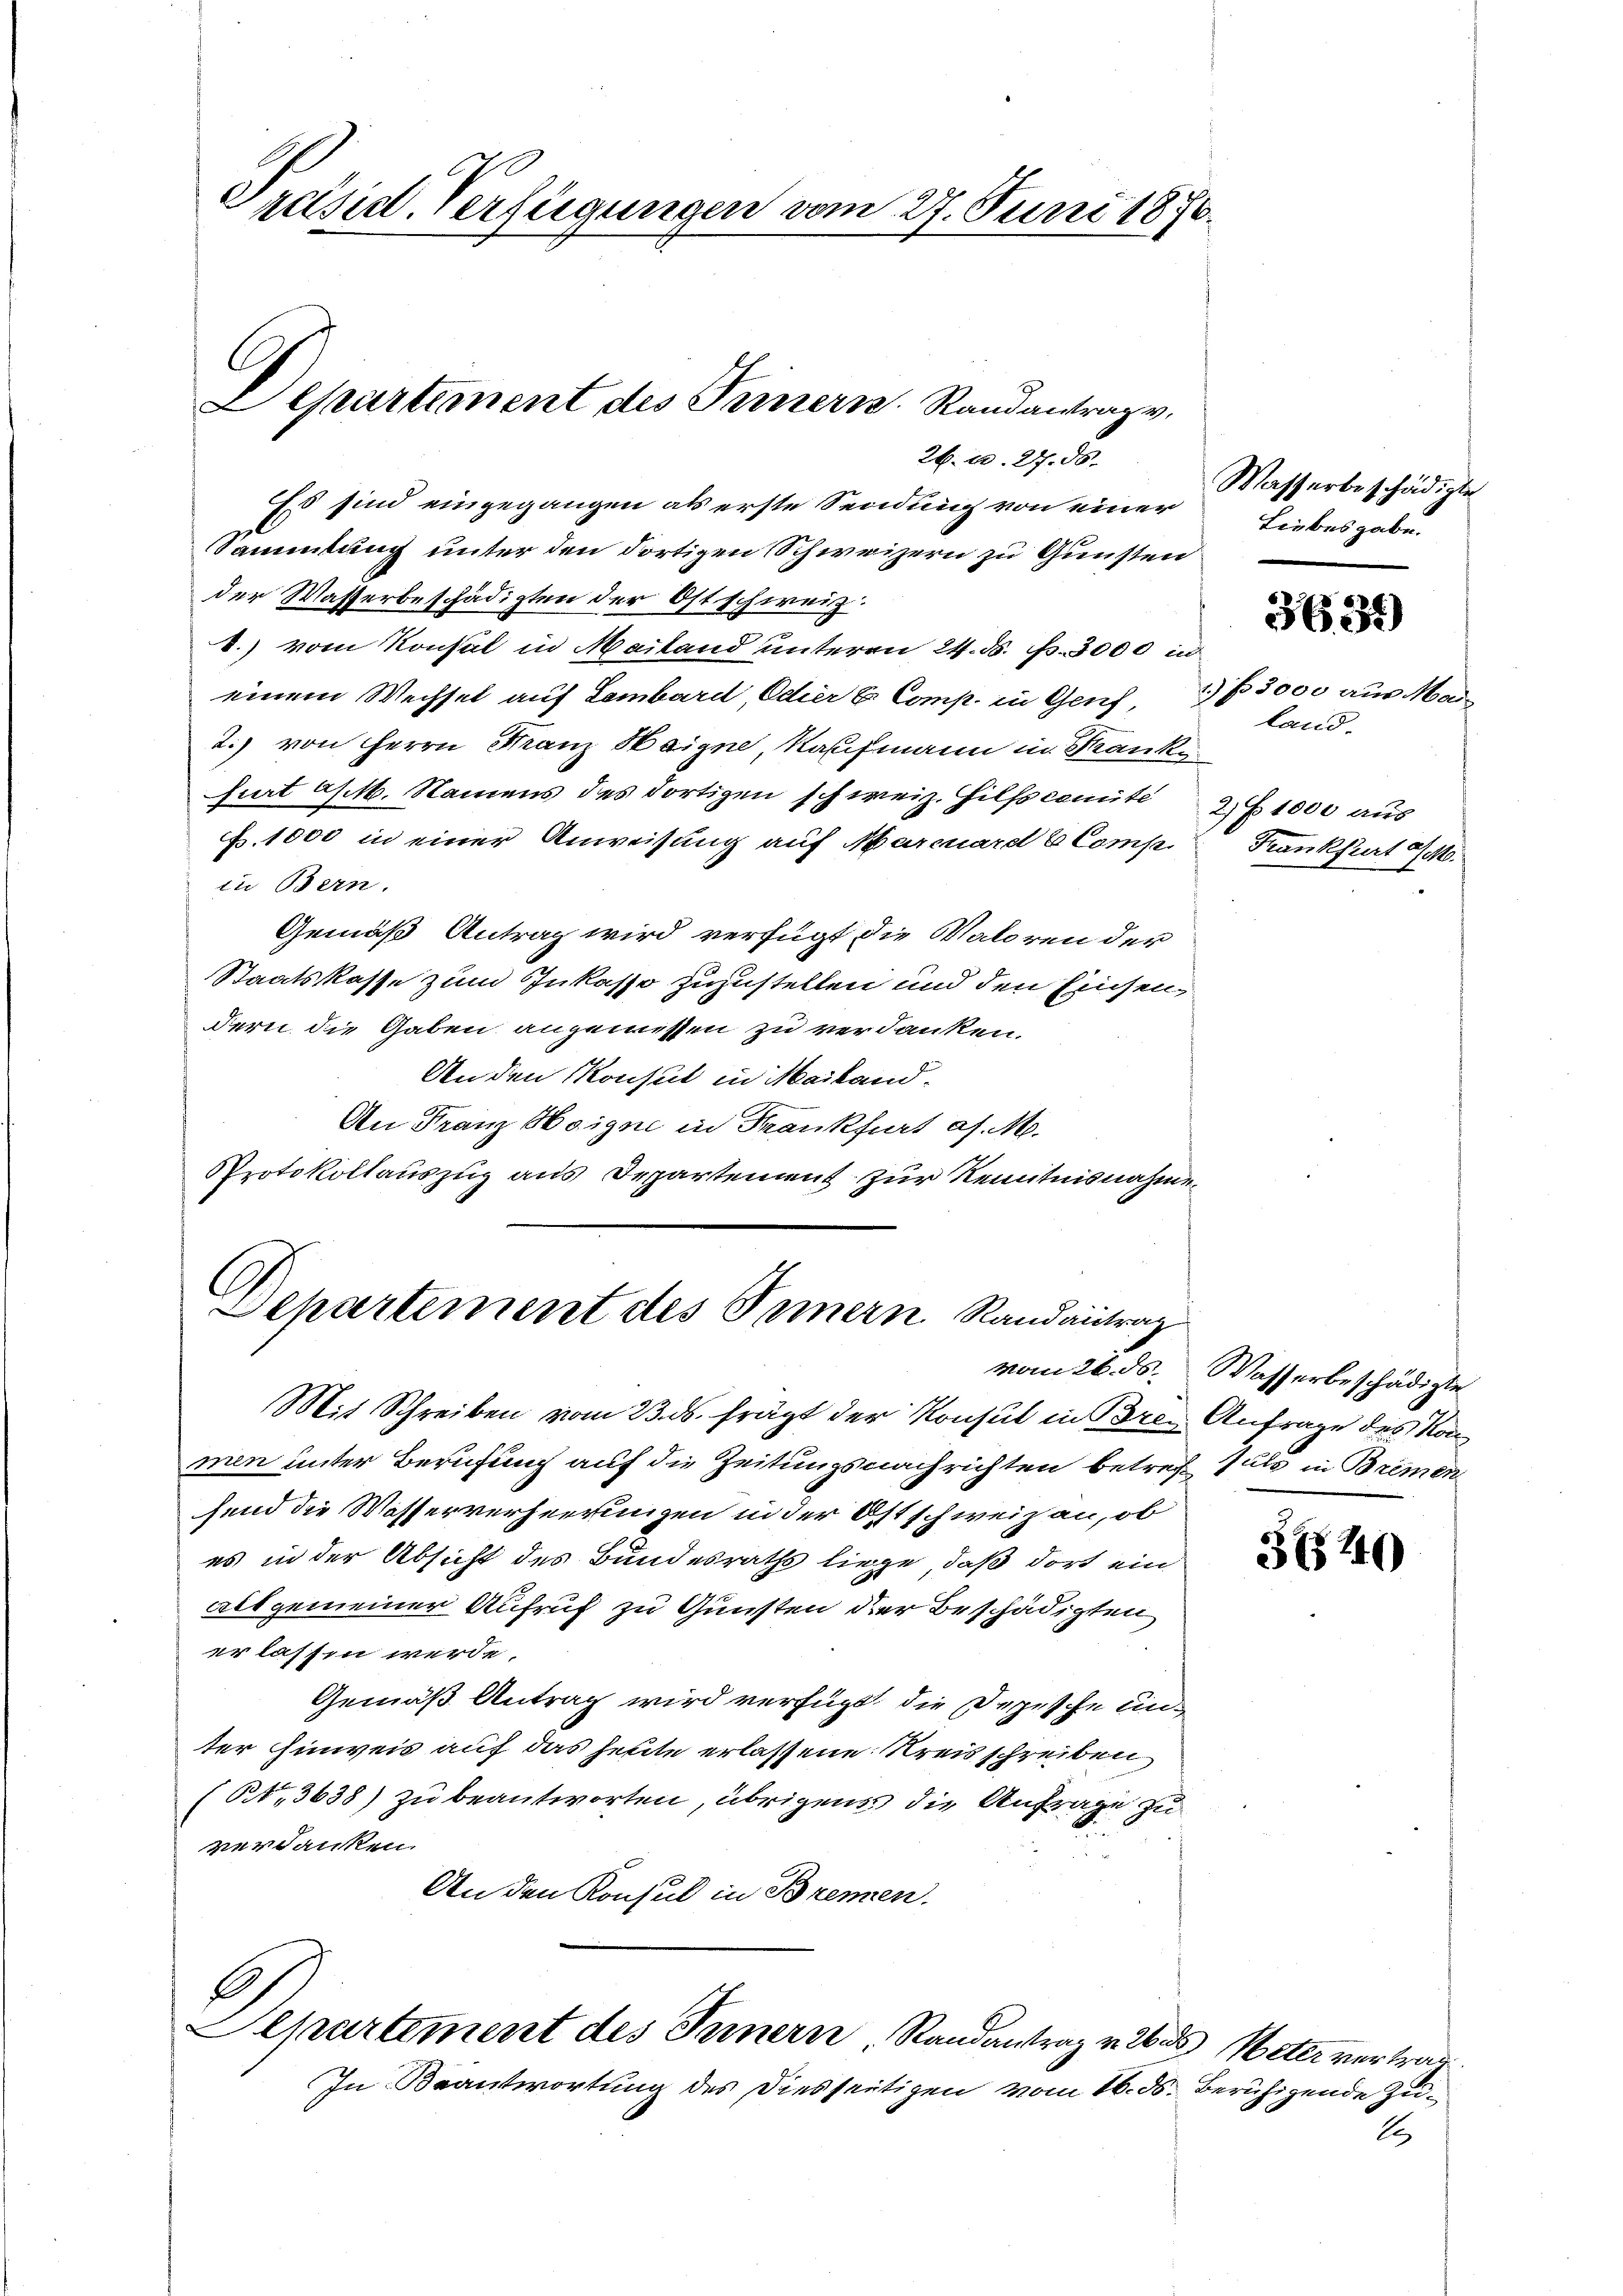
Präsid. Verfügungen vom 27. Juni 1870.

Es sind eingegangen als erste Sendung von einer
Sammlung unter den dortigen Schweizern zu Gunsten
der Wasserbeschädigten der Ostschweiz.
.) vom Konsul in Mailand unterm 24. ds. f. 3000 in
einem Wechsel auf Lembard, Edier B. Comp. in Genf,
2.) von Herrn Franz Haigne, Kaufmann in Kranke
furt a/M. Namens des dortigen schweiz. Hilfscomite 2 Z. 1000 aus
f. 1000 in einer Anweisung auf Marcuard 6 Comp
in Bern.
Gemäß Antrag wird verfügt die Valoren der
Staatskasse zum Inkasse zuzustellen und den Einsendern die Gaben angemessen zu verdanken.
An den Konsul in Mailand-
An Franz Hoigne in Frankfurt a. M.
Protokollauszug aus Departement zur Kenntnisnahme

C.
epartement des Innern Randantrag v.
26. u. 27. ds.

Departement des Innern Randantrag

Mit Schreiben vom 23. ds. frägt der Konsul in Brei Anfrage des Konmen unter Berufung auf die Zeitungsnachrichten betref Puls in Bremen
hend die Wasserverheerungen in der Ostschweizau, ob
es in der Absicht des Bundesraths liege, daß dort ein
allgemeiner Aufruf zu Gunsten der Beschädigten
er lassen werde.
Gemäß Antrag wird verfügt, die Depesche unter Hinweis auf das heute erlassene Kreisschreiben
(13638) zu beantworten, übrigens die Anfrage zu
verdanken.
An den Konsul in Brennen.

Separtement des Innern Randantrag v. ds Meter vertrag
In Beantwortung des Diesseitigen vom 16. ds.

Wasserbeschädigte
Liebesgabe.

2) § 3000 aus Mai
land.
Krankfurt a/M.

3635)

vom 26. ds. Wasserbeschädigte

3640

Beruhigende Zu¬
2